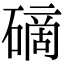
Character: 𥕐